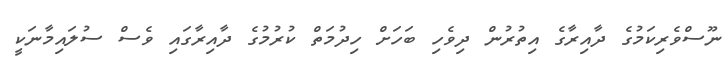
ނޫސްވެެރިކަމުގެ ދާއިރާގެ އިތުރުން ދިވެހި ބަހަށް ހިދުމަތް ކުރުމުގެ ދާއިރާގައި ވެސް ސުލައިމާނަކީ